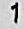
1